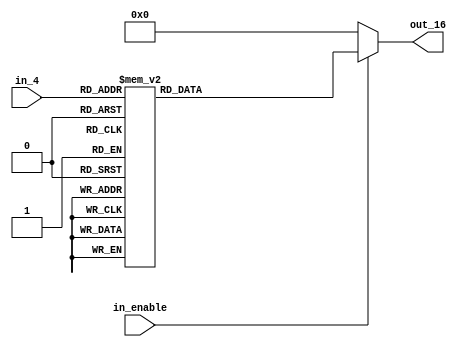
module decoder_4_to_16 (
	input [3:0] in_4,
	output [15:0] out_16,
	input in_enable
);

reg [15:0] decode_out;

always @ (in_enable or in_4)
begin
	decode_out = 0;
	if(in_enable) begin
		case (in_4 [3:0])
			4'h0 : decode_out <= 16'h0001;
			4'h1 : decode_out <= 16'h0002;
			4'h2 : decode_out <= 16'h0004;
			4'h3 : decode_out <= 16'h0008;
			4'h4 : decode_out <= 16'h0010;
			4'h5 : decode_out <= 16'h0020;
			4'h6 : decode_out <= 16'h0040;
			4'h7 : decode_out <= 16'h0080;
			4'h8 : decode_out <= 16'h0100;
			4'h9 : decode_out <= 16'h0200;
			4'hA : decode_out <= 16'h0400;
			4'hB : decode_out <= 16'h0800;
			4'hC : decode_out <= 16'h1000;
			4'hD : decode_out <= 16'h2000;
			4'hE : decode_out <= 16'h4000;
			4'hF : decode_out <= 16'h8000;
		endcase
	end
	
end

assign out_16 [15:0] = decode_out [15:0];

endmodule

//-----------------------------

module decoder_4_to_16_tb;

reg enable;
reg [3:0] in_4;
wire [15:0] out_16;

localparam period = 20;

decoder_4_to_16 DUT (
	.in_4(in_4),
	.out_16(out_16),
	.in_enable(enable)
);

initial begin
	enable = 'b1;
	in_4 = 'b0000;
	#period
	in_4 = 'b0001;
	#period
	in_4 = 'b0010;
	#period
	in_4 = 'b0011;
	#period
	in_4 = 'b0100;
	#period
	in_4 = 'b0101;
	#period
	in_4 = 'b0110;
	#period
	in_4 = 'b0111;
	#period
	in_4 = 'b1000;
	#period
	in_4 = 'b1001;
	#period
	in_4 = 'b1010;
	#period
	in_4 = 'b1011;
	#period
	in_4 = 'b1100;
	#period
	in_4 = 'b1101;
	#period
	in_4 = 'b1111;
end

endmodule